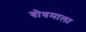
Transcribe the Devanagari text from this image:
बोधमाला